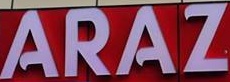
ARAZ